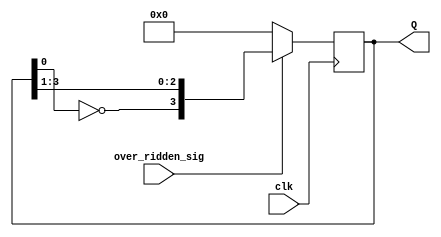
module johnson_counter(
input over_ridden_sig,clk,
output reg [3:0] Q
);


always @(posedge clk )
begin
	if (!over_ridden_sig)
	begin
		Q <= 4'b0;
	end
	else
	begin
		Q <= { ~Q[0], Q[3:1]};
		/* Q[0] <= Q[3];
		Q[1] <= Q[0];
		Q[2] <= Q[1];
		Q[3] <= Q[2]; */
	end
end
endmodule